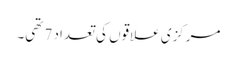
مرکزی علاقوں کی تعداد 7 تھی۔